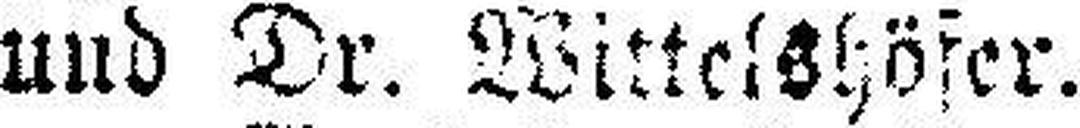
und Dr. Wittelshöfer.